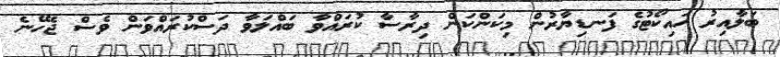
ބަލާއިރު ހައިކޯޓުގެ ފަނޑިޔާރުން މިކަންކަން ދިރާސާ ކުރައްވާ ބައްލަވާ ދަސްކުރައްވަން ވެސް ޖެހޭނެ